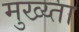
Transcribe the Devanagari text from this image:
मुख्य्ता